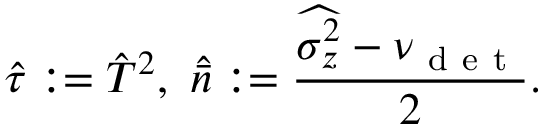
\hat { \tau } : = \hat { T } ^ { 2 } , ~ \widehat { \bar { n } } : = \frac { \widehat { \sigma _ { z } ^ { 2 } } - \nu _ { \mathrm { ~ d ~ e ~ t ~ } } } { 2 } .